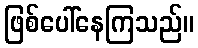
ဖြစ်ပေါ်နေကြသည်။